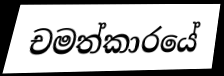
චමත්කාරයේ